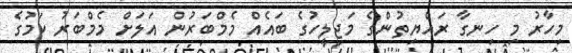
މިހާރު މި ހިނގާ ރައްޔިތުންގެ މަޖިލީހުގެ ބައެއް މެމްބަރުން އަލަށް މެމްބަރު ކަމުގެ